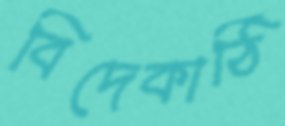
বিদেকাঠি